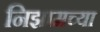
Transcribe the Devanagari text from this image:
निझामच्या